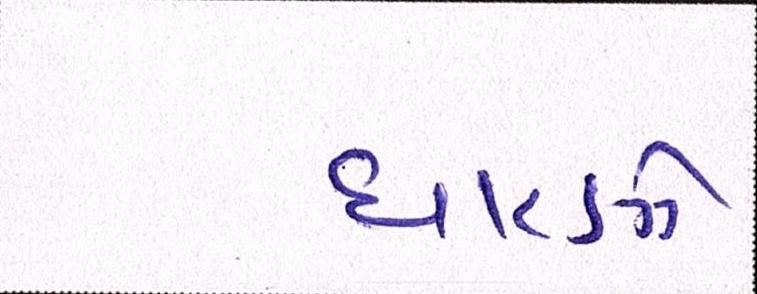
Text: ધારણે